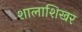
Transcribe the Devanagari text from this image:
शालाशिखर